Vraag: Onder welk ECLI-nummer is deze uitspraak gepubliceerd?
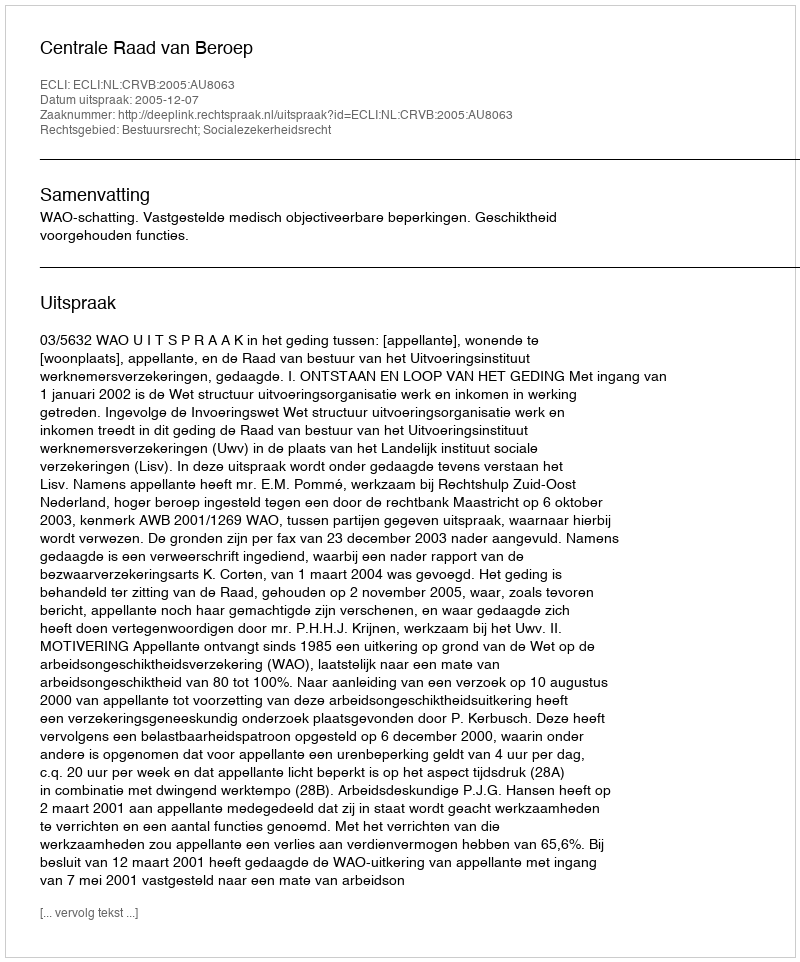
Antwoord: ECLI:NL:CRVB:2005:AU8063